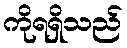
ကိုရရှိသည်